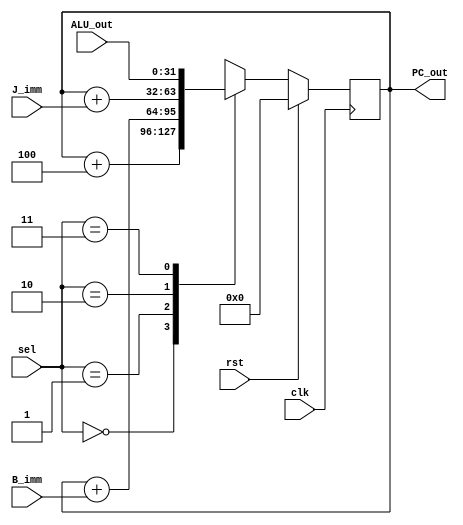
`timescale 1ps / 1ps

module PC(sel, clk, rst, B_imm, J_imm, ALU_out, PC_out); // Program counter
	
	input clk, rst;
	input [1:0] sel;
	input [31:0] B_imm, J_imm, ALU_out;
	output reg [31:0] PC_out;
	
	always @(posedge clk) begin
		
		if(rst) PC_out = 31'b0;
		else begin 
			case(sel)
				2'b00: PC_out = PC_out + 4;
				2'b01: PC_out = PC_out + B_imm;
				2'b10: PC_out = PC_out + J_imm;
				2'b11: PC_out = ALU_out;
			endcase
		end
	end
endmodule